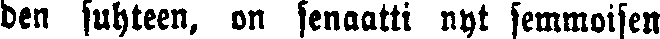
den suhteen, on senaatti nyt semmoisen